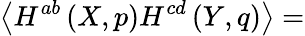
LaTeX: \left\langle H^{ab}\left(X,p\right)H^{cd}\left(Y,q\right)\right\rangle=